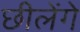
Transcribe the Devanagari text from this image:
छीलेंगे